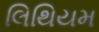
લિથિયમ